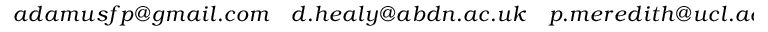
a d a m u s f p @ g m a i l . c o m \quad d . h e a l y @ a b d n . a c . u k \quad p . m e r e d i t h @ u c l . a c . u k \quad t o m . m i t c h e l l @ u c l . a c . u k